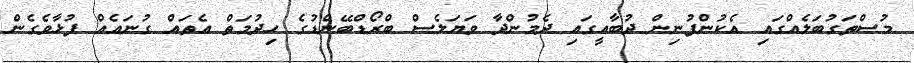
މުސްތަގުބަލެއްގައި އެކުންފުނިން ދުބާއީގައި ދެމުންދާ ވަޔަލެސް ބްރޯޑްބޭންޑުގެ ހިދުމަތް އެތައް ގުނައެއް ފުޅާވެގެން